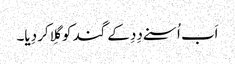
اَب اُسنے دِدِ کے گند کو گِلا کر دِیا۔